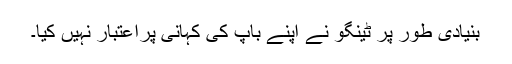
بنیادی طور پر ٹینگو نے اپنے باپ کی کہانی پراعتبار نہیں کیا۔